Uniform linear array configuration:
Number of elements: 16
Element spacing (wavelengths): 1
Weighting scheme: blackman
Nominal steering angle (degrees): -15
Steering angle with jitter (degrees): -13.656
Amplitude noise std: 0.05
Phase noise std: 0.05

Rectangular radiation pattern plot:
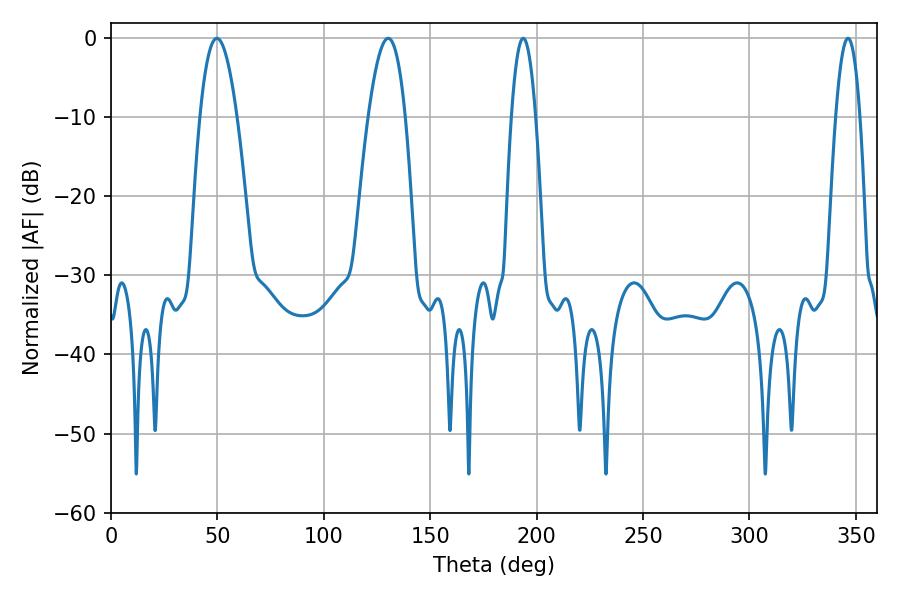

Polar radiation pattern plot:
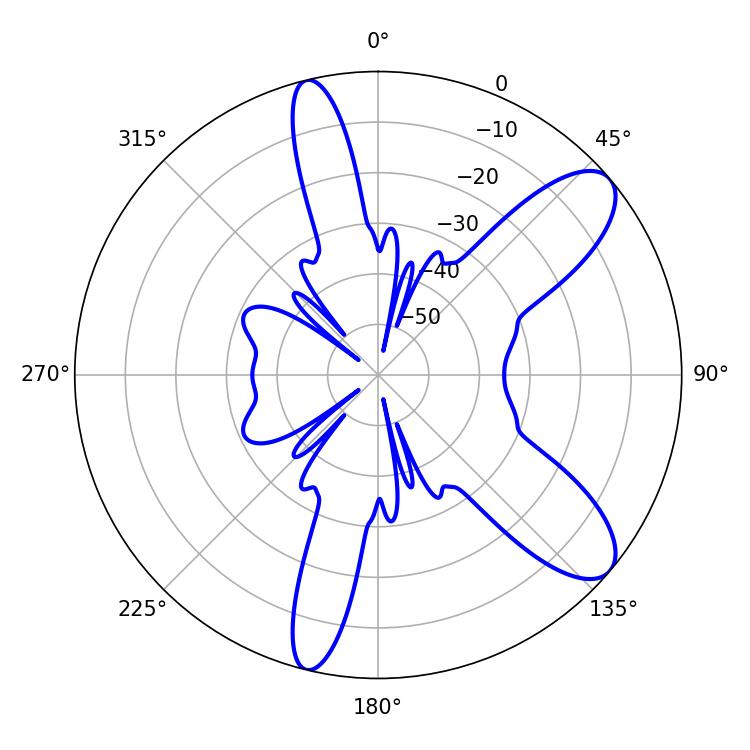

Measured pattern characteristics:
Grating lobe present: TRUE
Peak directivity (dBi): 9.601
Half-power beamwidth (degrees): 6.3
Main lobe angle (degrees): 193.68